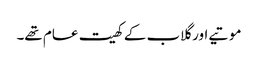
موتیے اور گلاب کے کھیت عام تھے۔